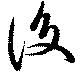
復